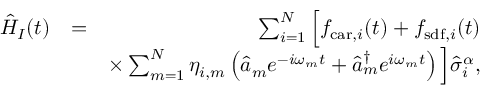
\begin{array} { r l r } { \hat { H } _ { I } ( t ) } & { = } & { \sum _ { i = 1 } ^ { N } \Big [ f _ { \mathrm { c a r } , i } ( t ) + f _ { \mathrm { s d f } , i } ( t ) } \\ & { } & { \times \sum _ { m = 1 } ^ { N } \eta _ { i , m } \left( \hat { a } _ { m } e ^ { - i \omega _ { m } t } + \hat { a } _ { m } ^ { \dag } e ^ { i \omega _ { m } t } \right) \Big ] \hat { \sigma } _ { i } ^ { \alpha } , } \end{array}